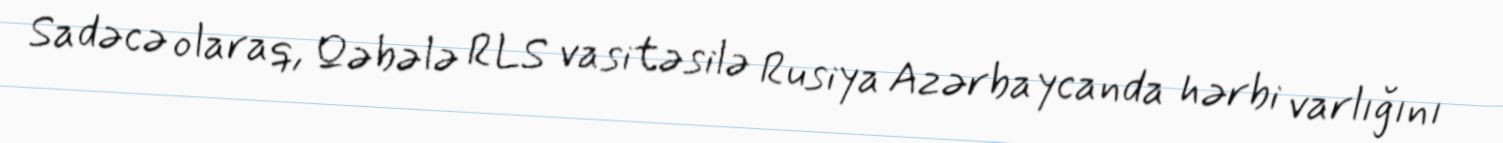
Sadəcə olaraq, Qəbələ RLS vasitəsilə Rusiya Azərbaycanda hərbi varlığını